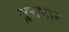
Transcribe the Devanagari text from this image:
भूरागढ़